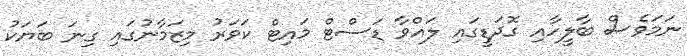
ނަމަވެސް ބާލީހާއި ގޮދަޑީގައި ލައްވާ ޑަސްޓް މައިޓް ކަވަރު މިޒަމާނުގައި ގިނަ ބަޔަކު